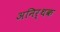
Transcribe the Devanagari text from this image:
अनिर्थक